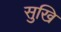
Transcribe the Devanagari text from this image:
सुखि